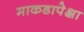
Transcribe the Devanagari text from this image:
माकडापेक्षा